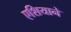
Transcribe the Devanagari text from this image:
एशियाने